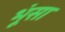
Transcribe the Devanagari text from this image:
भूंसा